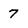
Character: 7